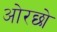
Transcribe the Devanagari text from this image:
ओरछो